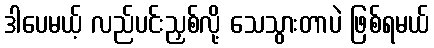
ဒါပေမယ့် လည်ပင်းညှစ်လို့ သေသွားတာပဲ ဖြစ်ရမယ်